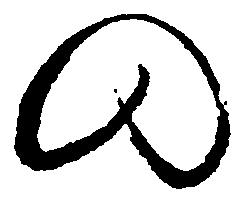
の